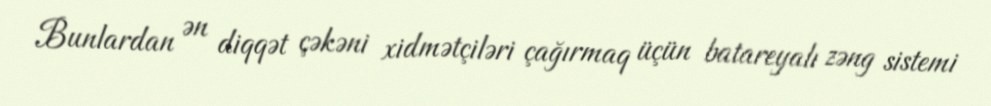
Bunlardan ən diqqət çəkəni xidmətçiləri çağırmaq üçün batareyalı zəng sistemi